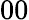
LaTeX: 00